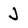
Character: J